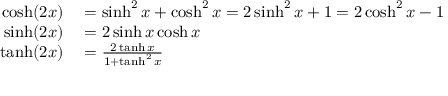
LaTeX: \begin{array} { r l } { \cosh ( 2 x ) } & { { } = \sinh ^ { 2 } { x } + \cosh ^ { 2 } { x } = 2 \sinh ^ { 2 } x + 1 = 2 \cosh ^ { 2 } x - 1 } \\ { \sinh ( 2 x ) } & { { } = 2 \sinh x \cosh x } \\ { \operatorname { t a n h } ( 2 x ) } & { { } = { \frac { 2 \operatorname { t a n h } x } { 1 + \operatorname { t a n h } ^ { 2 } x } } } \end{array}